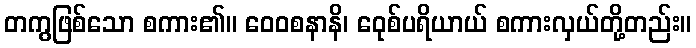
တကွဖြစ်သော စကား၏။ ဝေဝစနာနိ၊ ဝေုစ်ပရိယာယ် စကားလှယ်တို့တည်း။